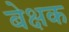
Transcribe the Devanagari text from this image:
बेक्षक